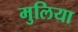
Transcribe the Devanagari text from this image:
मुलिया